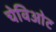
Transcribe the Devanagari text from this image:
चेविओट